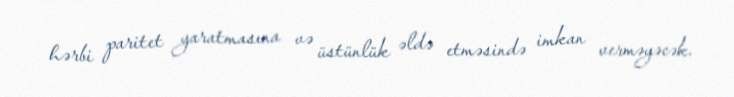
hərbi paritet yaratmasına və üstünlük əldə etməsində imkan verməyəcək.